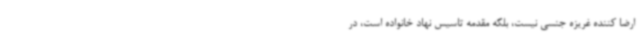
ارضا کننده غریزه جنسی نیست، بلکه مقدمه تاسیس نهاد خانواده است، در